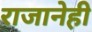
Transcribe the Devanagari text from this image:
राजानेही